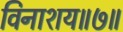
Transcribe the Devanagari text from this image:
विनाशय॥७॥